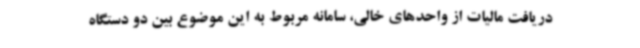
دریافت مالیات از واحدهای خالی، سامانه مربوط به این موضوع بین دو دستگاه